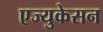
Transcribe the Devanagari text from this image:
एज्युकेसन